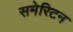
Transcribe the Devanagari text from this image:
समेरिटन